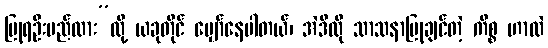
ပြုရဦးမည်လား”လို့ ယခုတိုင် မျှော်နေပါတယ်၊ အဲဒီလို သာသနာပြုချင်တဲ့ ကိစ္စ ဟာလဲ